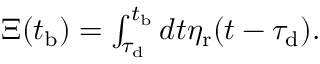
\begin{array} { r } { \Xi ( t _ { \mathrm { b } } ) = \int _ { \tau _ { \mathrm { d } } } ^ { t _ { \mathrm { b } } } d t \eta _ { \mathrm { r } } ( t - \tau _ { \mathrm { d } } ) . } \end{array}